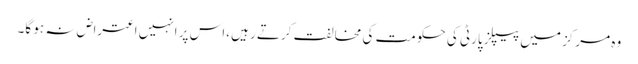
وہ مرکز میں پیپلز پارٹی کی حکومت کی مخالفت کرتے رہیں ،اس پر انہیں اعتراض نہ ہو گا۔